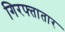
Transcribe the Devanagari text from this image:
गिरफ्तातार